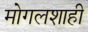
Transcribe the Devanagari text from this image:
मोगलशाही